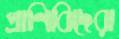
প্রাণিবিদেরা